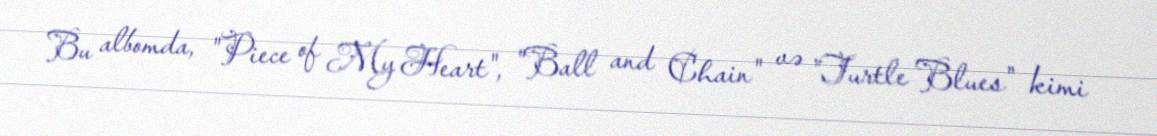
Bu albomda, "Piece of My Heart", "Ball and Chain" və "Turtle Blues" kimi